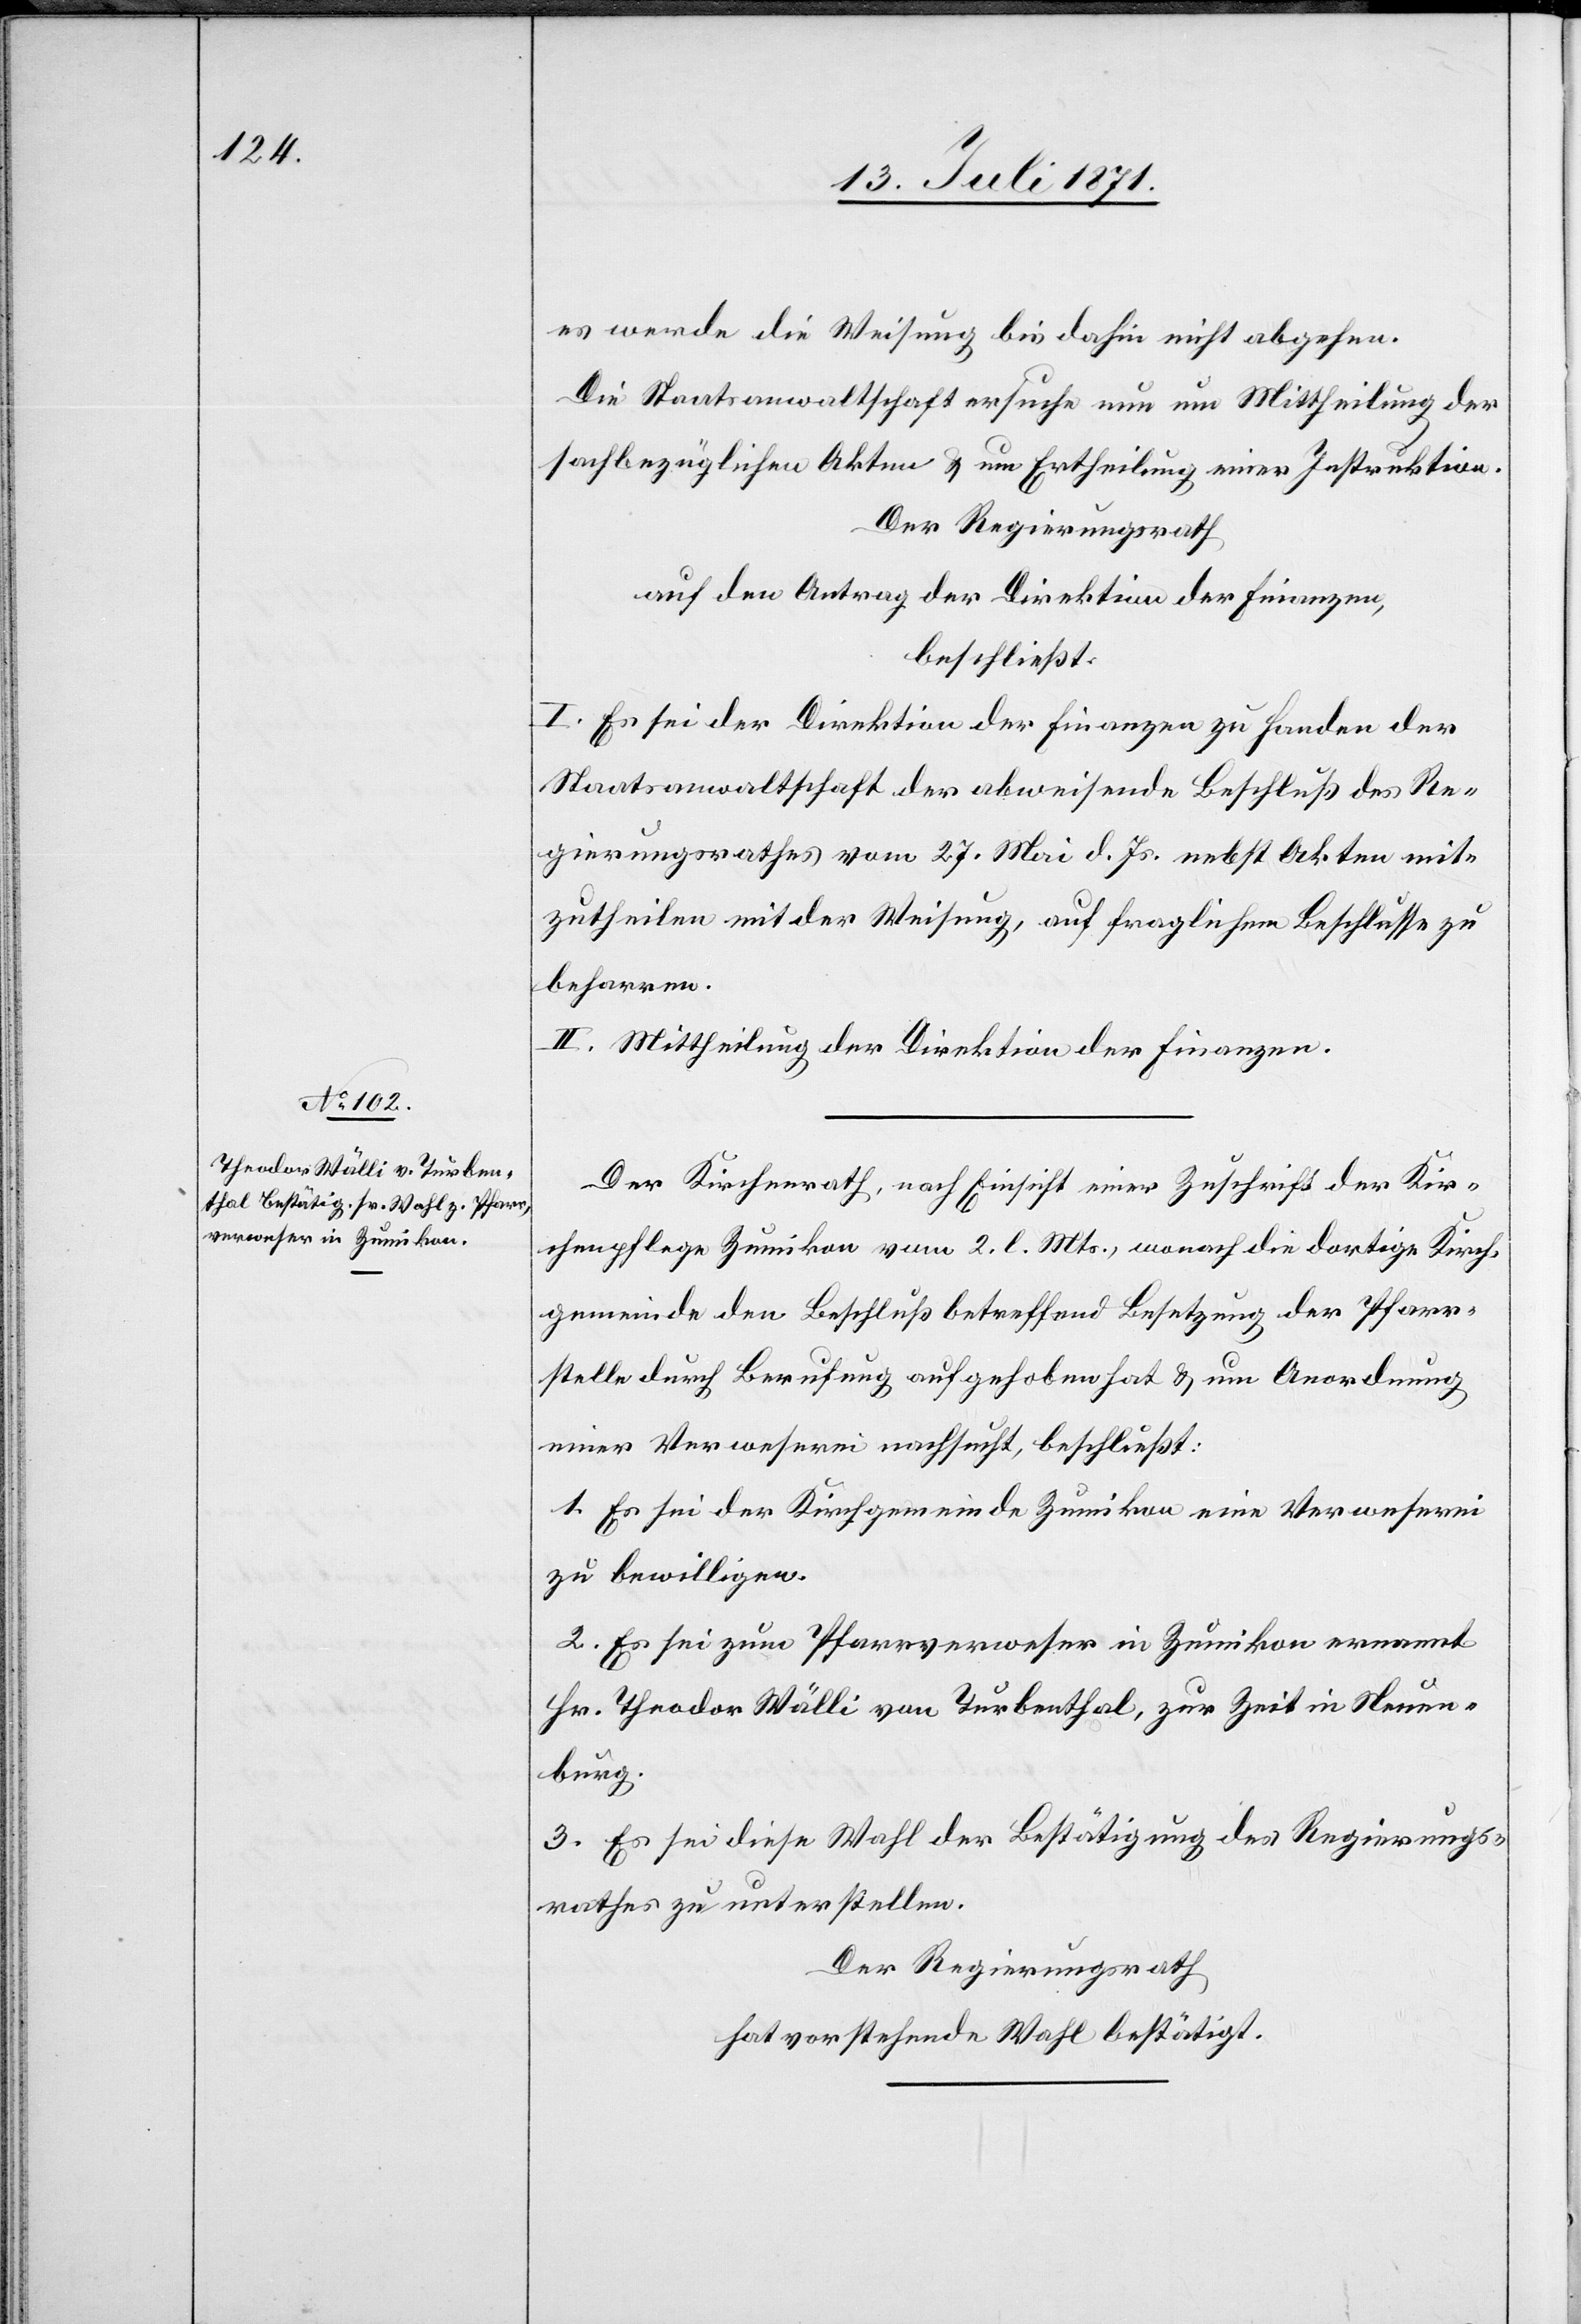
es werde die Weisung bis dahin nicht abgehen.
Die Staatsanwaltschaft ersuche nun um Mittheilung der
sachbezüglichen Akten u. um Ertheilung einer Instruktion.
Der Regierungsrath
auf den Antrag der Direktion der Finanzen,
beschließt:
I. Es sei der Direktion der Finanzen zu Handen der
Staatsanwaltschaft der abweisende Beschluß des Re¬
gierungsrathes vom 27. Mai d. Js. nebst Akten mit¬
zutheilen mit der Weisung, auf fraglichem Beschlusse zu
beharren.
II. Mittheilung der Direktion der Finanzen.
Der Kirchenrath, nach Einsicht einer Zuschrift der Kir¬
chenpflege Zumikon vom 2. l. Mts., wonach die dortige Kirch¬
gemeinde den Beschluß betreffend Besetzung der Pfarr¬
stelle durch Berufung aufgehoben hat u. um Anordnung
einer Verweserei nachsucht, beschließt:
1. Es sei der Kirchgemeinde Zumikon eine Verweserei
zu bewilligen.
2. Es sei zum Pfarrverweser in Zumikon ernannt
Hr. Theodor Wälli von Turbenthal, zur Zeit in Neuen¬
burg.
3. Es sei diese Wahl der Bestätigung des Regierungs¬
rathes zu unterstellen.
Der Regierungsrath
hat vorstehende Wahl bestätigt.